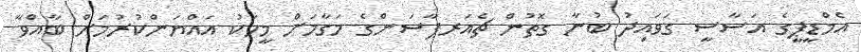
އެމްޑީޕީގެ އަސާސީ ގަވައިދު ބުނާ ގޮތުން ޗެއަރޕާސަންގެ މަގާމަށް މީހަކު އައްޔަންކުރުމަށް ބާއްވާ